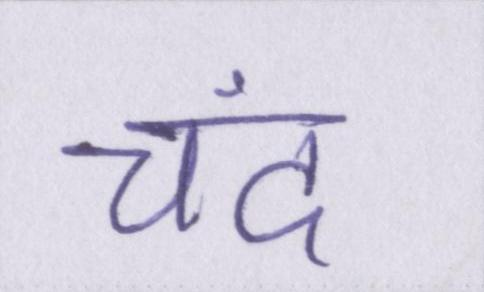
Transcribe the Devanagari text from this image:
चंद